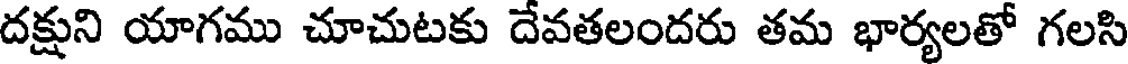
దక్షుని యాగము చూచుటకు దేవతలందరు తమ భార్యలతో గలసి